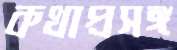
কথাপ্রসঙ্গ